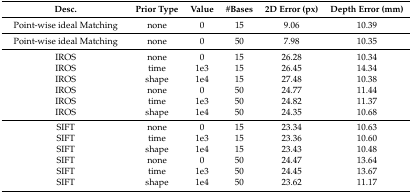
| Desc. | Prior Type | Value | #Bases | 2D Error (px) | Depth Error (mm) |
 | --- | --- | --- | --- | --- | --- |
 | Point-wise ideal Matching | none | 0 | 15 | 9.06 | 10.39 |
 | Point-wise ideal Matching | none | 0 | 50 | 7.98 | 10.35 |
 | IROS | none | 0 | 15 | 26.28 | 10.34 |
 | IROS | time | 1e3 | 15 | 26.45 | 14.34 |
 | IROS | shape | 1e4 | 15 | 27.48 | 10.38 |
 | IROS | none | 0 | 50 | 24.77 | 11.44 |
 | IROS | time | 1e3 | 50 | 24.82 | 11.37 |
 | IROS | shape | 1e4 | 50 | 24.35 | 10.68 |
 | SIFT | none | 0 | 15 | 23.34 | 10.63 |
 | SIFT | time | 1e3 | 15 | 23.36 | 10.60 |
 | SIFT | shape | 1e4 | 15 | 23.43 | 10.48 |
 | SIFT | none | 0 | 50 | 24.47 | 13.64 |
 | SIFT | time | 1e3 | 50 | 24.45 | 13.67 |
 | SIFT | shape | 1e4 | 50 | 23.62 | 11.17 |